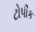
ટોપીક